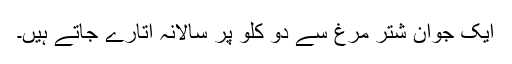
ایک جوان شتر مرغ سے دو کلو پَر سالانہ اتارے جاتے ہیں۔